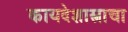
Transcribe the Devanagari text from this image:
कायदेशास्त्राचा